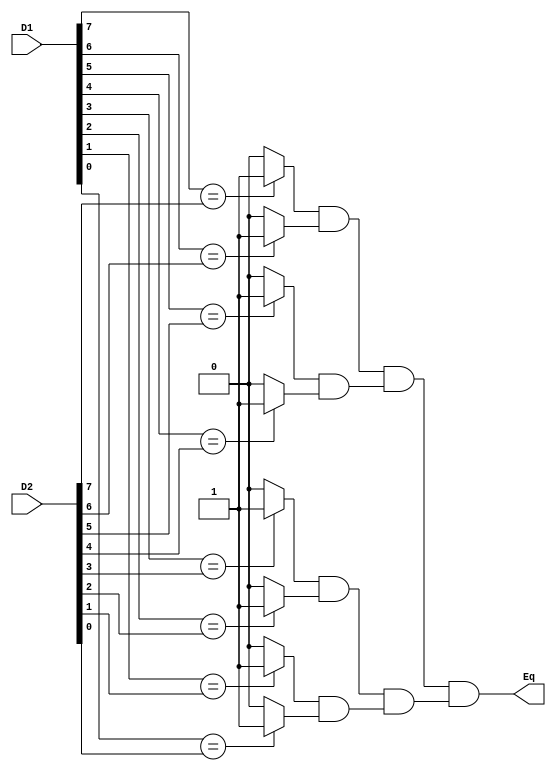
// Ch09 eq8.v
// O_

// hq
module eq8 (D1,D2,Eq);
input  [7:0] D1,D2;		// KJ
output Eq;			// @X
reg    W1,W2,Eq;		// is

always@ (D1 or D2)
  begin
    cmp4 (D1[7:4],D2[7:4],W1);	// Is cmp4
    cmp4 (D1[3:0],D2[3:0],W2);	// Is cmp4
    Eq = W1 & W2;
  end
//-----------------------------------------------
// ]p (|)
task cmp4;
input  [3:0] A,B;		// |J
output Y;			// @X
reg    Y,W1,W2;			// is
  begin
    cmp2 (A[3:2],B[3:2],W1);	// Is cmp2
    cmp2 (A[1:0],B[1:0],W2);	// Is cmp2
    Y = W1 & W2;
  end
endtask
//-----------------------------------------------
// ]p (G)
task cmp2;
input [1:0] A,B;		// GJ
output Y;			// @X
  Y = cmp1(A[1],B[1]) & cmp1(A[0],B[0]);	// Is cmp1
endtask
//-----------------------------------------------
// ]p (@)
function cmp1;
input  A,B;			// @J
  if (A == B)	 cmp1 = 1;
  else     	 cmp1 = 0;
endfunction

endmodule